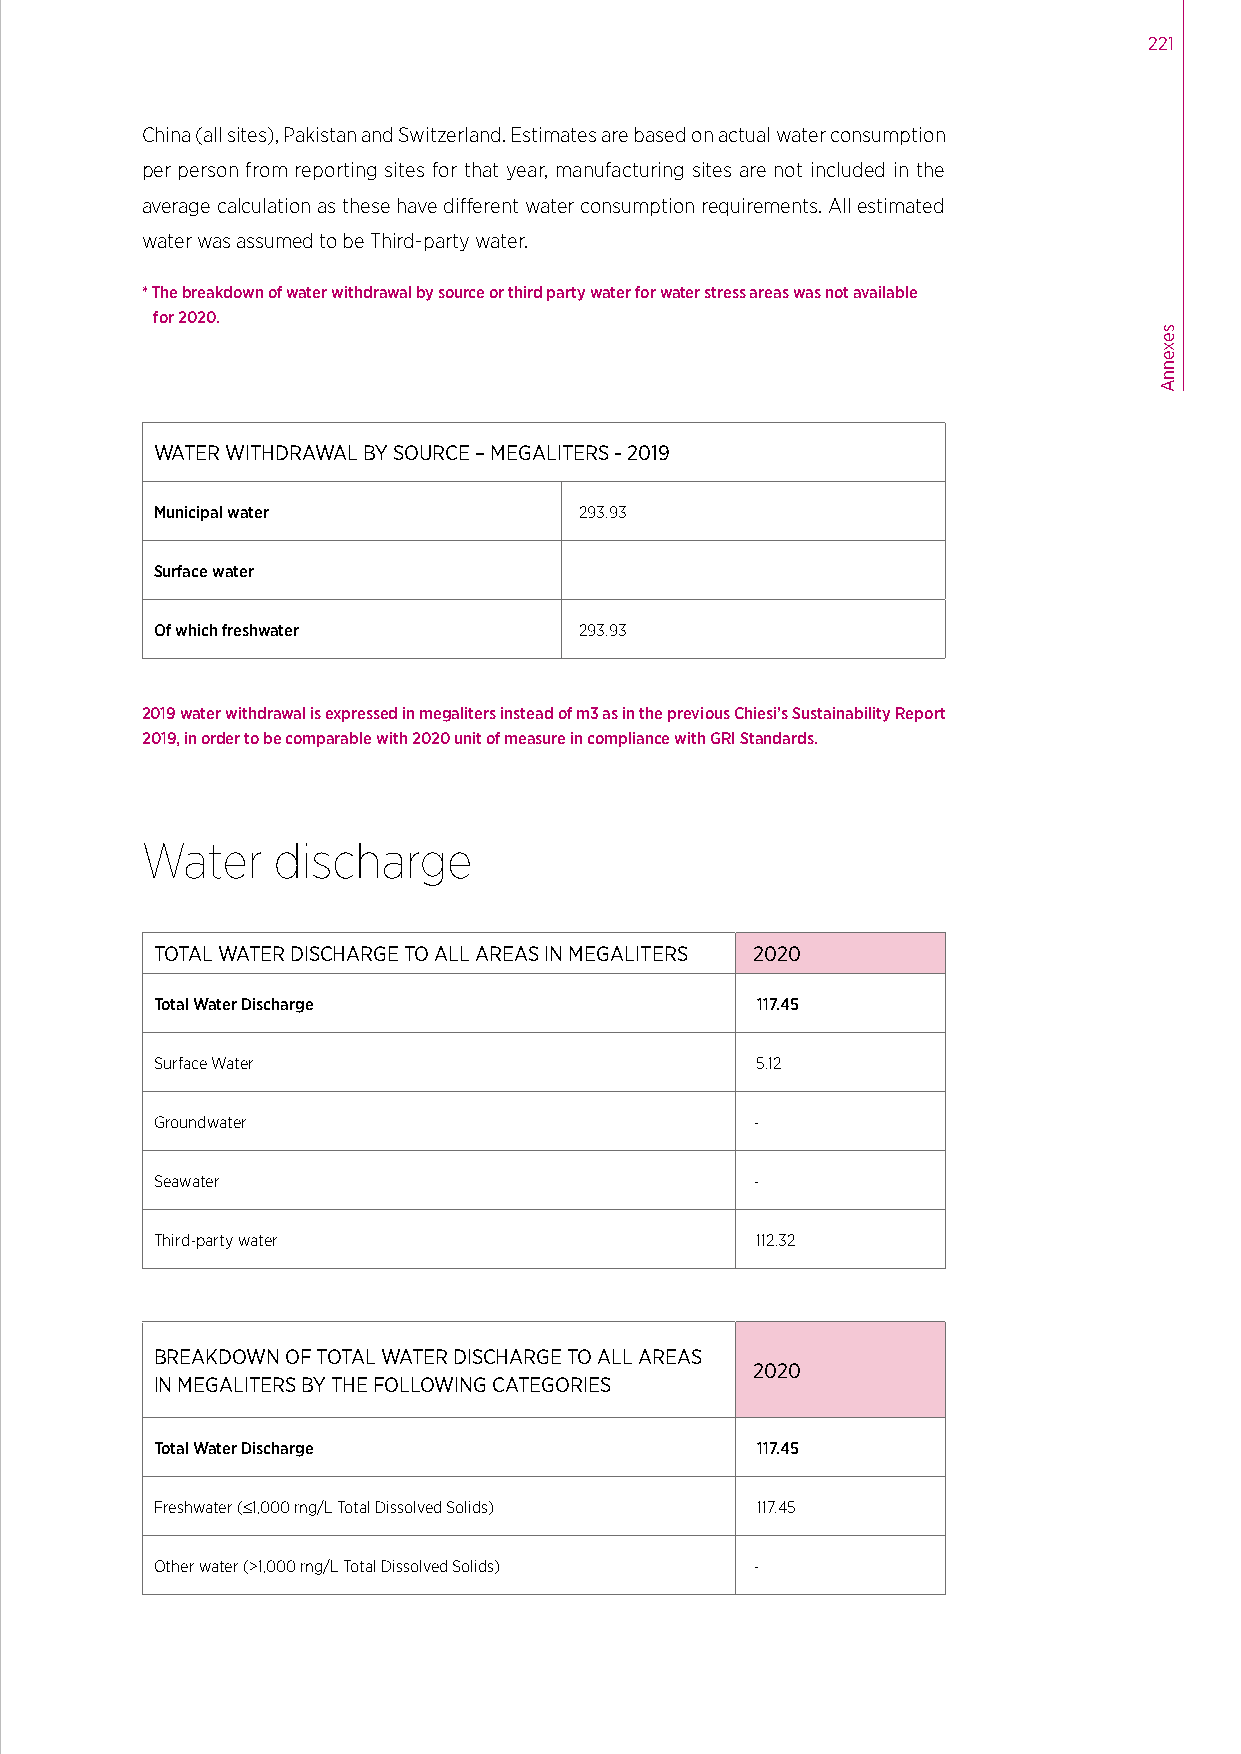
221
 China (all sites), Pakistan and Switzerland. Estimates are based on actual water consumption
 per person from reporting sites for that year, manufacturing sites are not included in the
 average calculation as these have different water consumption requirements. All estimated
 water was assumed to be Third-party water.
 * The breakdown of water withdrawal by source or third party water for water stress areas was not available
 for 2020.
 WATER WITHDRAWAL BY SOURCE – MEGALITERS - 2019
 Municipal water             293.93
 Surface water
 Of which freshwater         293.93
 2019 water withdrawal is expressed in megaliters instead of m3 as in the previous Chiesi’s Sustainability Report
 2019, in order to be comparable with 2020 unit of measure in compliance with GRI Standards.
 Water    discharge
 TOTAL WATER DISCHARGE TO ALL AREAS IN MEGALITERS 2020
 Total Water Discharge                   117.45
 Surface Water                           5.12
 Groundwater                             -
 Seawater                                -
 Third-party water                       112.32
 BREAKDOWN OF TOTAL WATER DISCHARGE TO ALL AREAS
 2020
 IN MEGALITERS BY THE FOLLOWING CATEGORIES
 Total Water Discharge                   117.45
 Freshwater (≤1,000 mg/L Total Dissolved Solids) 117.45
 Other water (>1,000 mg/L Total Dissolved Solids) -
 sexennA